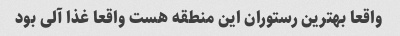
واقعا بهترین رستوران این منطقه هست واقعا غذا آلی بود